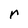
Character: r